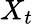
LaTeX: X_{t}